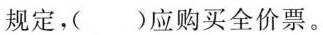
规定，()应购买全价票。